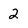
Character: 2